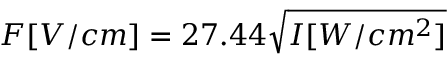
F [ V / c m ] = 2 7 . 4 4 \sqrt { I [ W / c m ^ { 2 } ] }